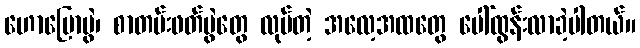
ဟောပြောပွဲ၊ စာတမ်းဖတ်ပွဲတွေ လုပ်တဲ့ အလေ့အထတွေ ပေါ်ထွန်းလာခဲ့ပါတယ်။